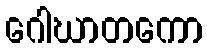
ဂေါဃာတကော